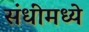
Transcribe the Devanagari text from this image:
संधींमध्ये